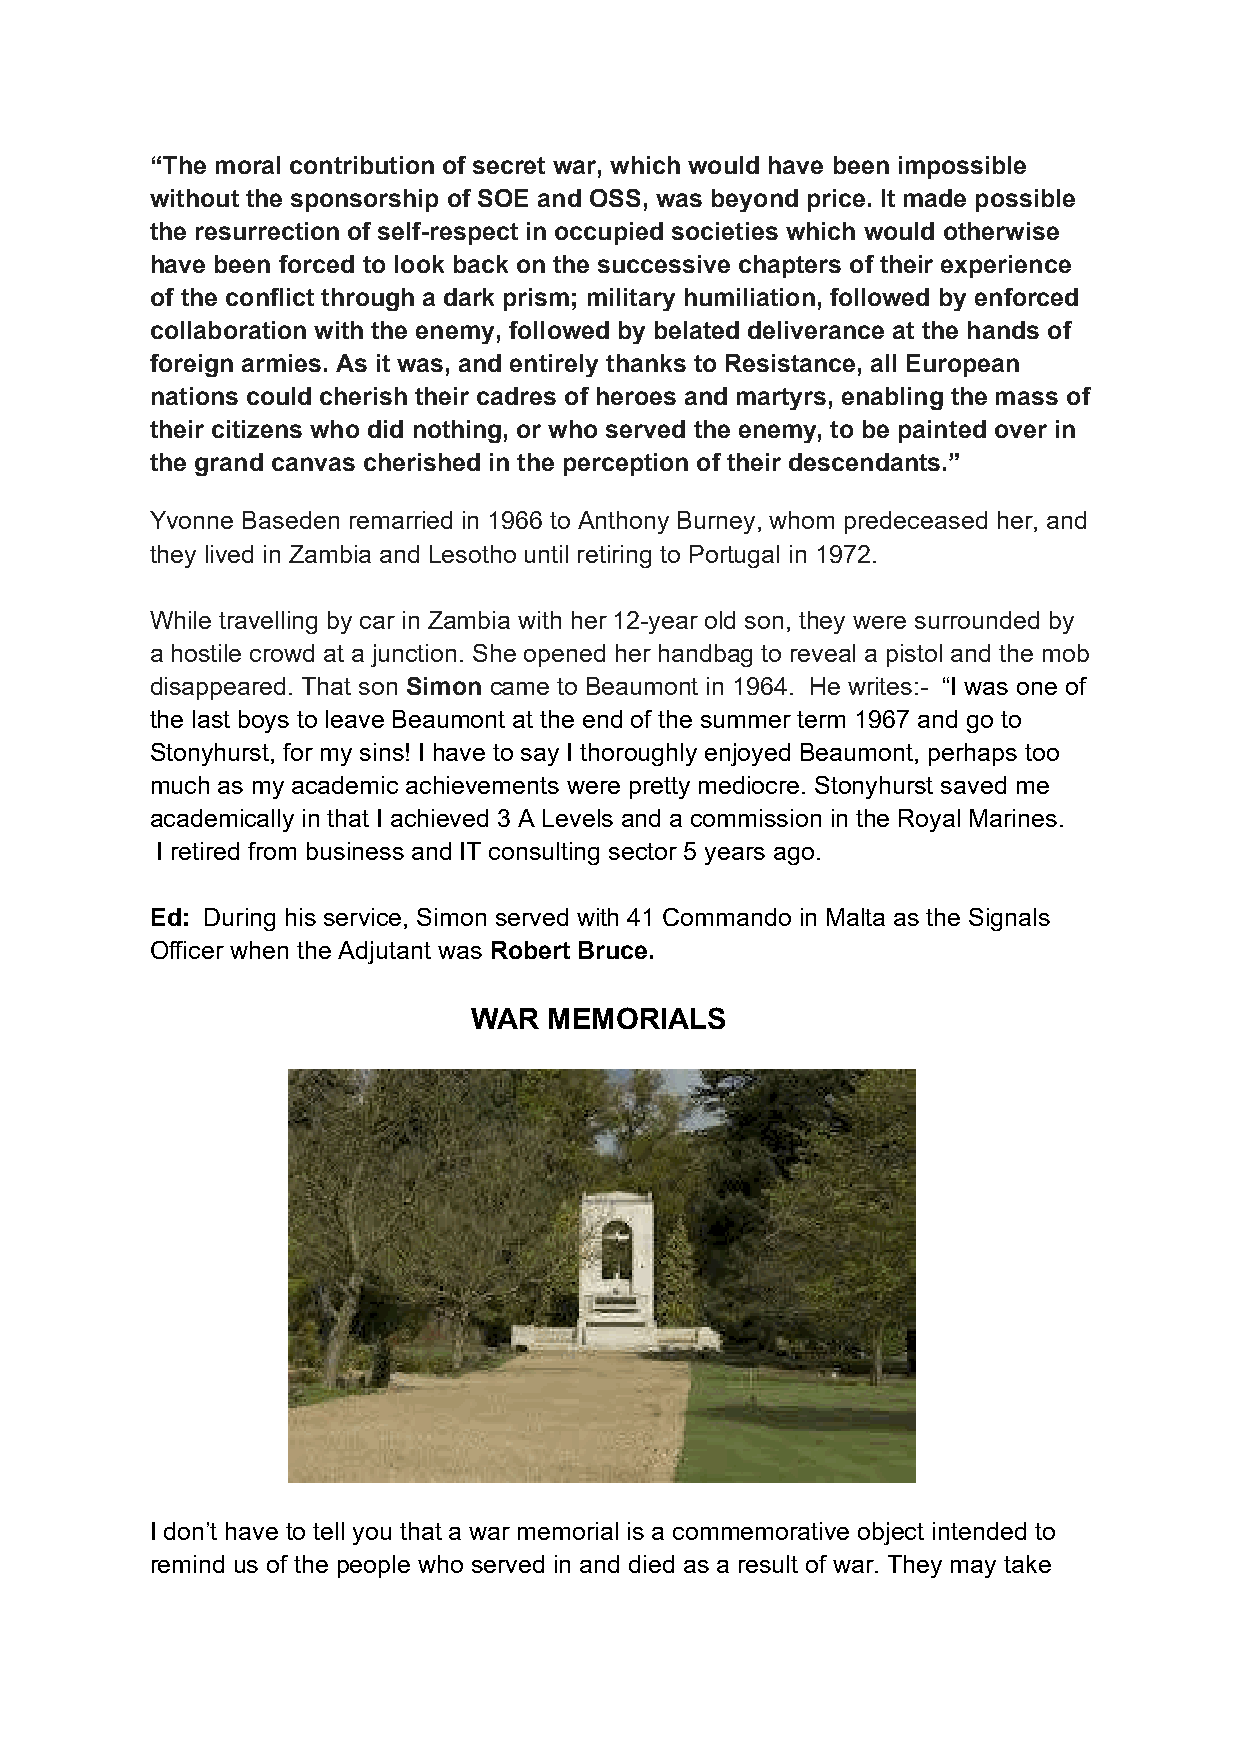
“The moral contribution of secret war, which would have been impossible
 without the sponsorship of SOE and OSS, was beyond price. It made possible
 the resurrection of self-respect in occupied societies which would otherwise
 have been forced to look back on the successive chapters of their experience
 of the conflict through a dark prism; military humiliation, followed by enforced
 collaboration with the enemy, followed by belated deliverance at the hands of
 foreign armies. As it was, and entirely thanks to Resistance, all European
 nations could cherish their cadres of heroes and martyrs, enabling the mass of
 their citizens who did nothing, or who served the enemy, to be painted over in
 the grand canvas cherished in the perception of their descendants.”
 Yvonne Baseden remarried in 1966 to Anthony Burney, whom predeceased her, and
 they lived in Zambia and Lesotho until retiring to Portugal in 1972.
 While travelling by car in Zambia with her 12-year old son, they were surrounded by
 a hostile crowd at a junction. She opened her handbag to reveal a pistol and the mob
 disappeared. That son Simon came to Beaumont in 1964. He writes:- “I was one of
 the last boys to leave Beaumont at the end of the summer term 1967 and go to
 Stonyhurst, for my sins! I have to say I thoroughly enjoyed Beaumont, perhaps too
 much as my academic achievements were pretty mediocre. Stonyhurst saved me
 academically in that I achieved 3 A Levels and a commission in the Royal Marines.
 I retired from business and IT consulting sector 5 years ago.
 Ed: During his service, Simon served with 41 Commando in Malta as the Signals
 Officer when the Adjutant was Robert Bruce.
 WAR  MEMORIALS
 I don’t have to tell you that a war memorial is a commemorative object intended to
 remind us of the people who served in and died as a result of war. They may take